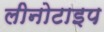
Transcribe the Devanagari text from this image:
लीनोटाइप